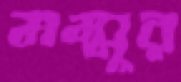
মম্মুর